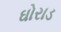
ઘોરાડ